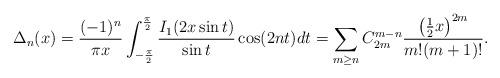
LaTeX: \begin{align*}\Delta_n(x)=\frac{(-1)^{n}}{\pi x}\int_{-\frac{\pi}{2}}^{\frac{\pi}{2}}\frac{I_1(2x\sin t)}{\sin t}\cos(2n t)dt=\sum_{m\geq n}C_{2m}^{m-n}\frac{\left(\frac{1}{2}x\right)^{2m}}{m!(m+1)!}.\end{align*}